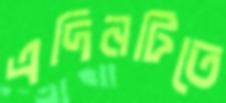
এদিনটিতে